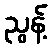
ညွန့်